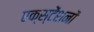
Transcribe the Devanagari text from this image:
एक्स्टेंशनों